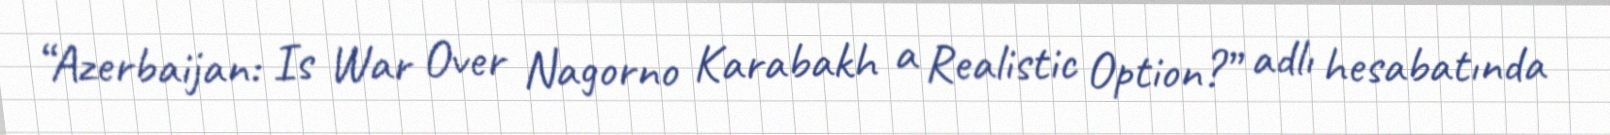
“Azerbaijan: Is War Over Nagorno Karabakh a Realistic Option?” adlı hesabatında